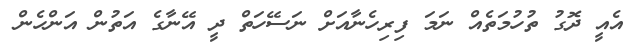
އެއީ ދޮގު ތުހުމަތެއް ނަމަ ފިރިހެނާއަށް ނަސޭހަތް ދީ އޭނާގެ އަތުން އަންހެން